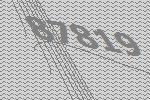
87819